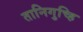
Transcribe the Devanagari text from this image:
तानिगुच्हि